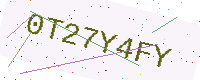
Text: 0T27Y4FY